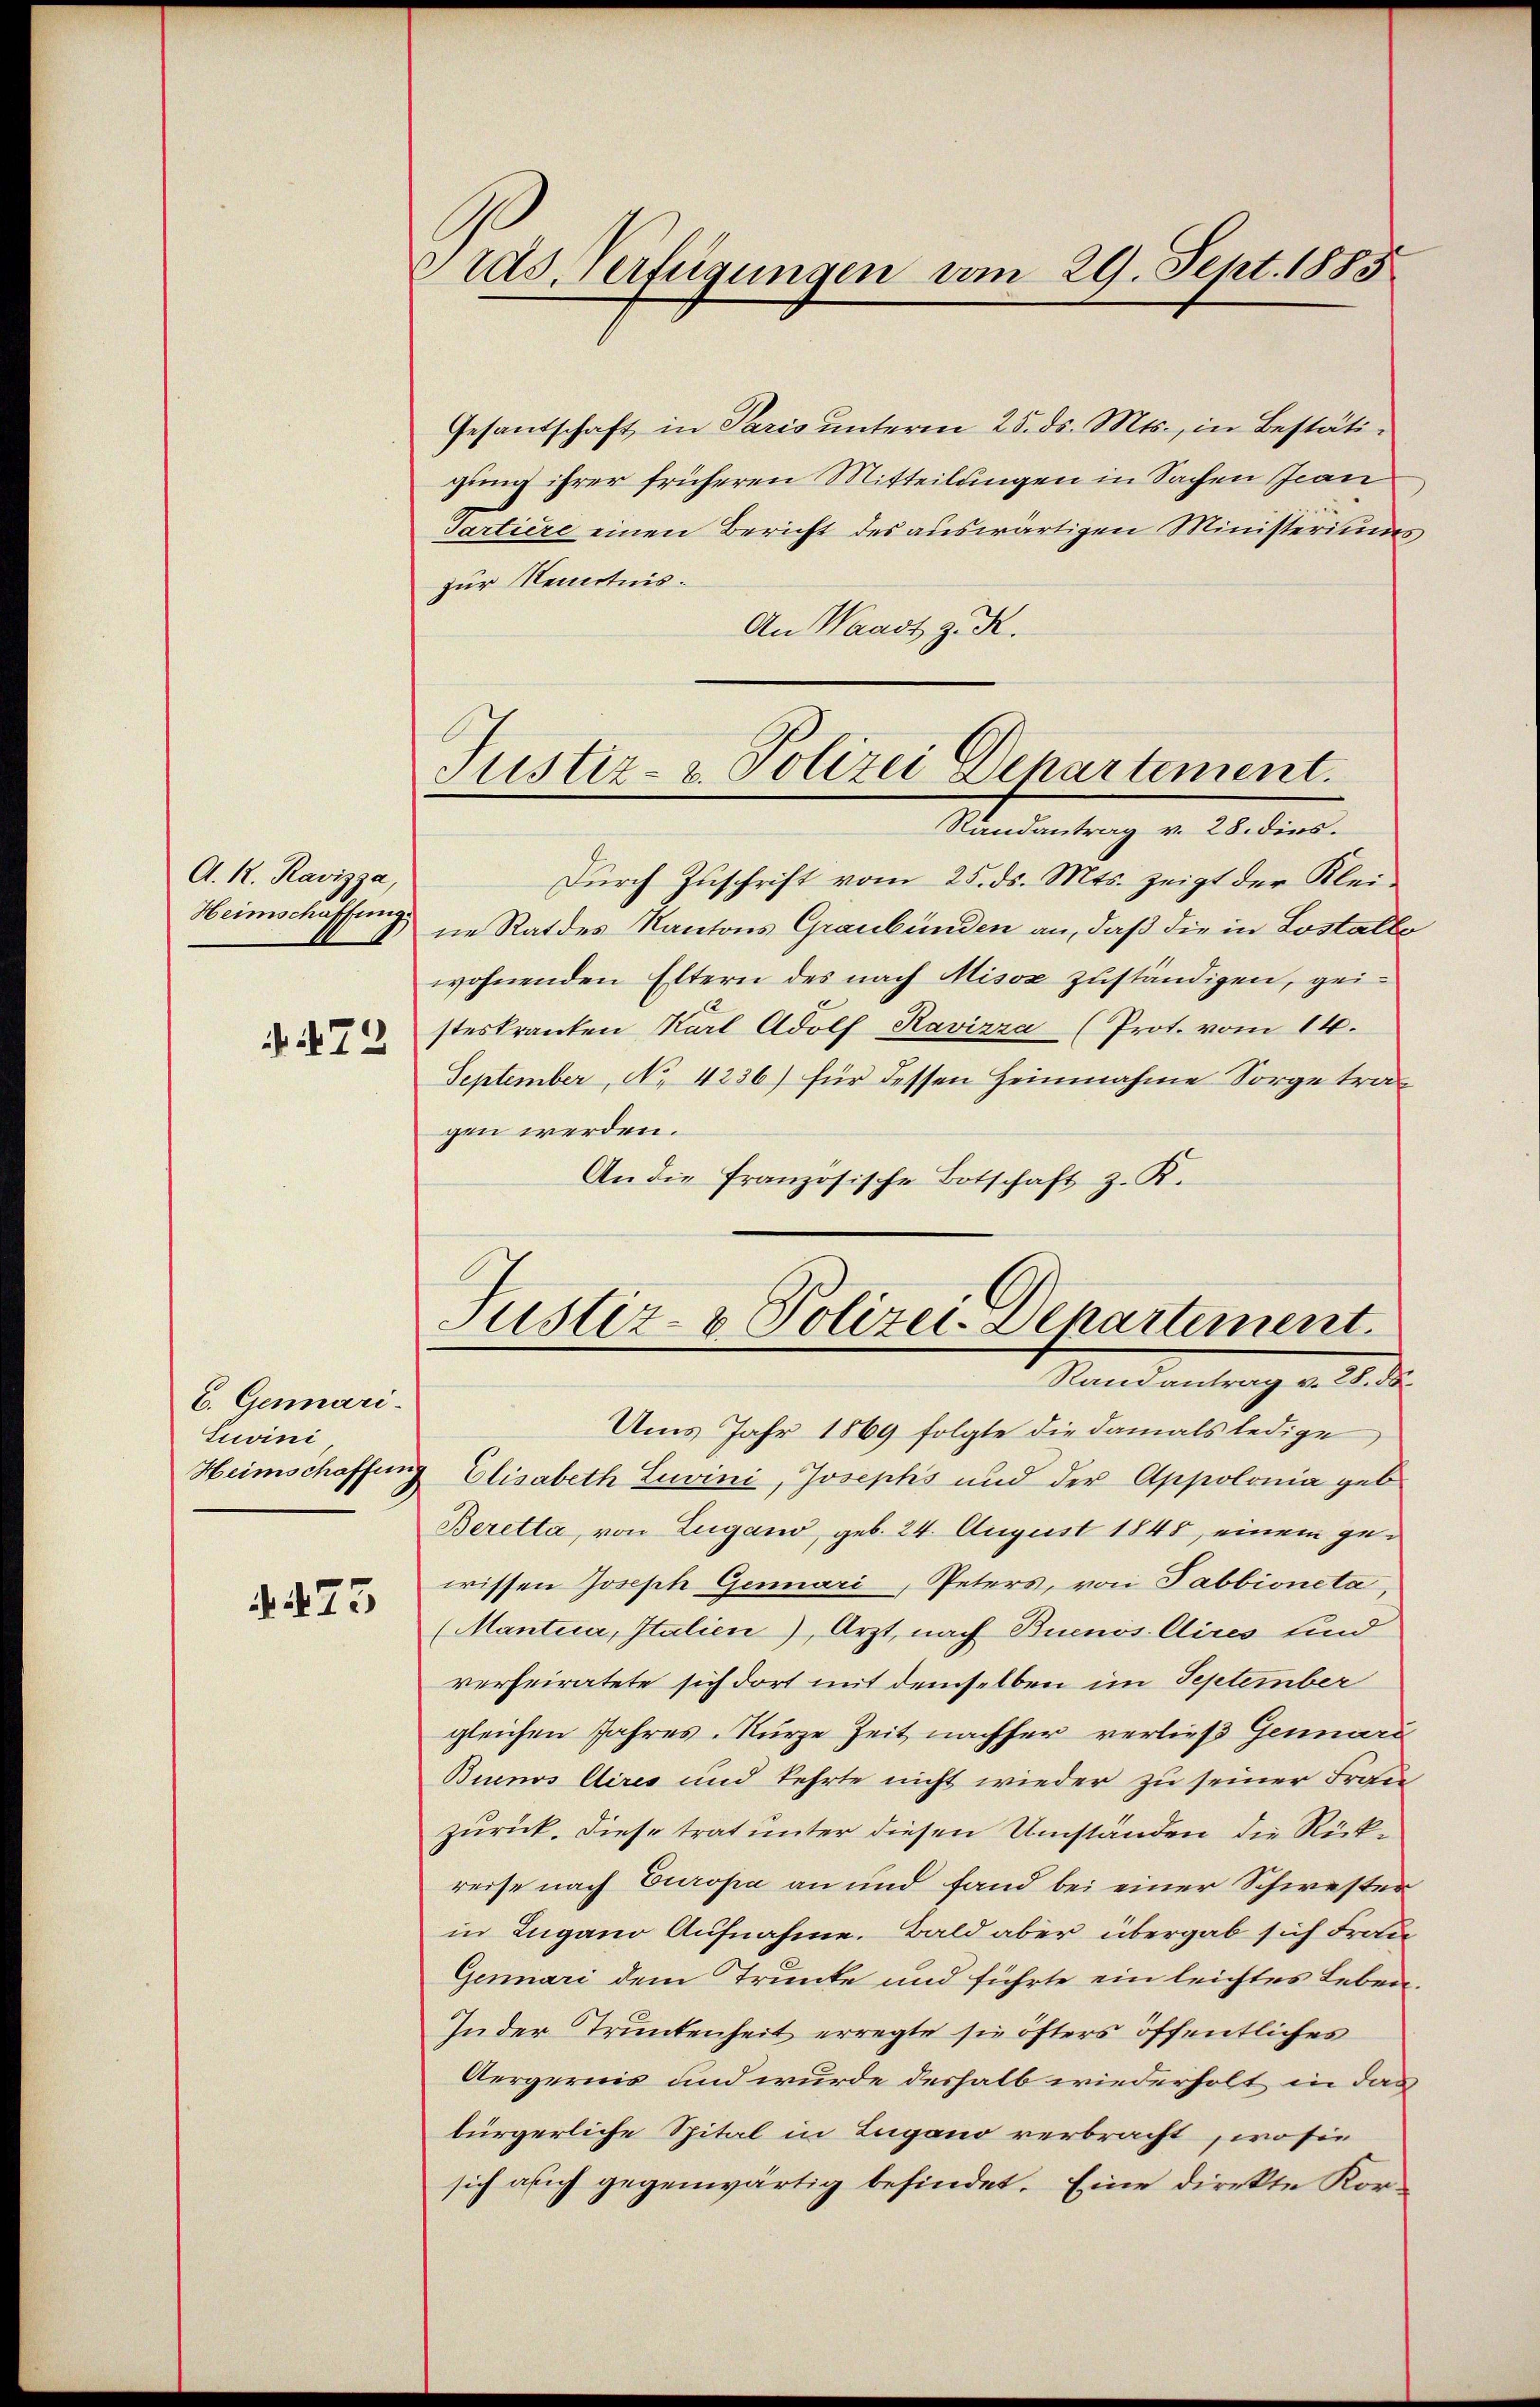
A. R. Ravizza,
472

E. Gemari.
Juvini

473

Gras Verfügungen vom 29. Sept. 1883

Gesantschaft in Paris ŭnterm 25. ds. Mts., in Bestätigung ihrer früheren Mitteilungen in Sachen Jean
Tartiere einen Bericht des auswärtigen Ministeriums
zur Kenntnis.
An Waadt z. R.
Durch Zuschrift vom 25. ds. Mts. zeigt der Klei¬
Heimschaffung die Rat des Kantons Graubünden an, daß die in Lostalte
wohnenden Eltern des nach Misox zuständigen, geisteskranken Karl Adolf Ravizza (Prot. vom 14.
September, No. 4236) für dessen Heimnahme Sorge tragen werden.
An die französische Botschaft z. K.
Justiz- & Polizei-Denartement
Randantrag v. 28. d.
Ums Jahr 1869 folgte die damals ledige
Heimschaffung Elisabeth Luvini, Josephs und der Appolonia geb.
Beretta, von Lugand, geb. 24. August 1848, einem gewissen Joseph Genuari, Peters, von Tabbioneta,
(Mantia, Italien), Arzt, nach Buenos Aires sind
verheiratete sich dort mit demselben im September
gleichen Jahres-Kurze Zeit nachher verließ Gemari
Buenos Aires und kehrte nicht wieder zu seiner Frau
zurück. Diese trat unter diesen Umständen die Rückreise nach Europa an und fand bei einer Schwester
in Zugano Aufnahme. Bald aber übergab sich Frau
Genuari dem Trunke und führte ein leichtes Leben¬
Inder Trunkenheit erregte sie öfters öffentliches
Aergernis und wurde deshalb wiederholt in das
bürgerliche Spital in Lugano verbracht, wo sie
sich auch gegenwärtig befindet. Eine direkte Kor¬

Justiz- & Polizei Departement.
Randantrag v. 28. dies.